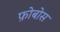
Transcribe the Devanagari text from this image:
फ़ोबोस